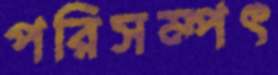
পরিসম্পৎ